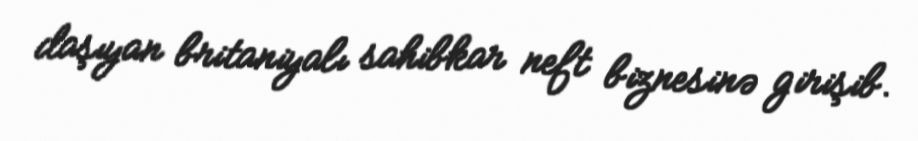
daşıyan britaniyalı sahibkar neft biznesinə girişib.